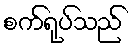
စက်ရုပ်သည်